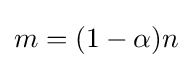
m=(1-\alpha )n